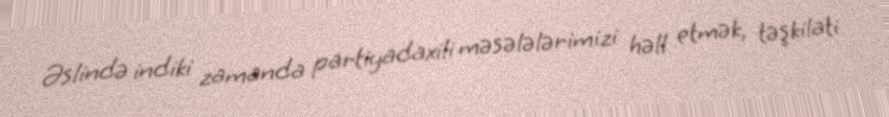
Əslində indiki zamanda partiyadaxili məsələlərimizi həll etmək, təşkilati